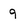
Character: 9